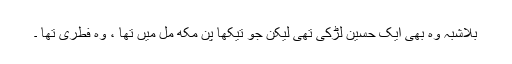
بلاشبہ وہ بھی ایک حسین لڑکی تھی لیکن جو تیکھا پن مکھ مل میں تھا ، وہ فطری تھا ۔